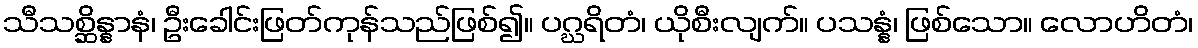
သီသစ္ဆိန္နာနံ၊ ဦးခေါင်းဖြတ်ကုန်သည်ဖြစ်၍။ ပဂ္ဃရိတံ၊ ယိုစီးလျက်။ ပသန္နံ၊ ဖြစ်သော။ လောဟိတံ၊